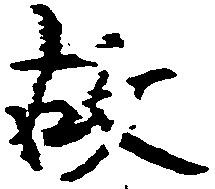
故